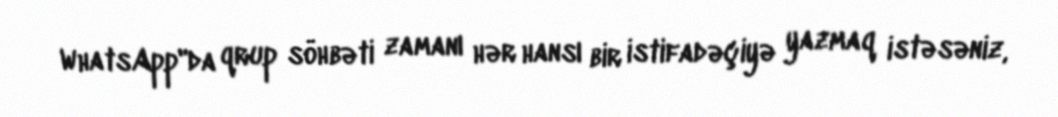
WhatsApp"da qrup söhbəti zamanı hər hansı bir istifadəçiyə yazmaq istəsəniz,